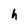
Character: h